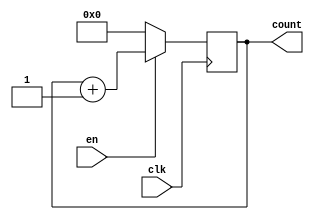
module new_counter
#(
	parameter DATA_WIDTH = 5
)
(
	input clk,
	input en,
	output [DATA_WIDTH - 1:0] count
);

	reg [DATA_WIDTH - 1:0] int_count = 5'b00000;

	always @(posedge clk)
	begin
		if(!en)
		begin
			int_count = 0;
		end
		else
		begin
			int_count = int_count + 1;
		end
	end

	assign count = int_count;
endmodule